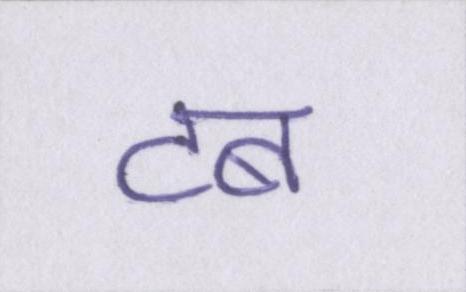
टब